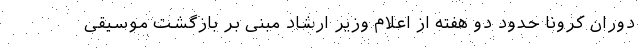
دوران کرونا حدود دو هفته از اعلام وزیر ارشاد مبنی بر بازگشت موسیقی